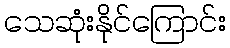
သေဆုံးနိုင်ကြောင်း